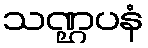
သဏ္ဌပနံ